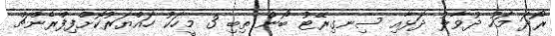
ރޯދަ މަހު ދުވާލު ދަޅާއި ސިނގިރޭޓު ބޯން ތިބި 3 މީހަކު ހައްޔަރުކޮށްފިފްރެންޗް